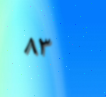
٨٣